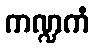
ကဏ္ဍကံ